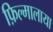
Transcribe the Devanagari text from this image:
फ़िल्मालाया